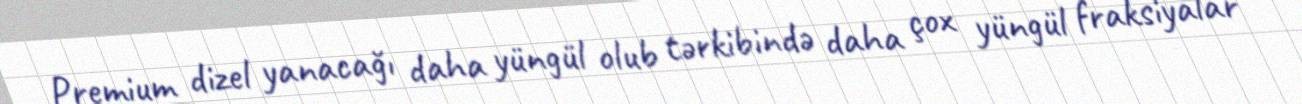
Premium dizel yanacağı daha yüngül olub tərkibində daha çox yüngül fraksiyalar